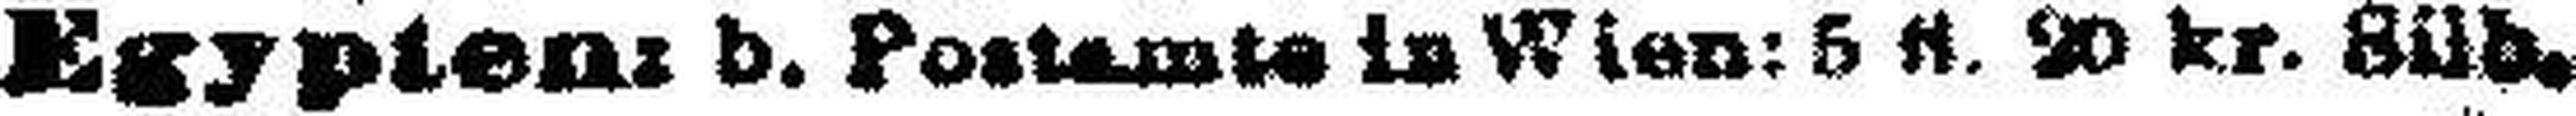
Egypten: b. Postamte in Wien: 5 fl. 20 kr. Süd.